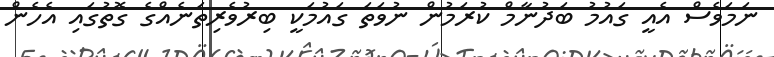
ނަމަވެސް އެއީ ގައުމު ބަދުނާމް ކުރަމުން ނުވަތަ ގައުމަކީ ބިރުވެރިތަނެއްގެ ގޮތުގައި އެހެން